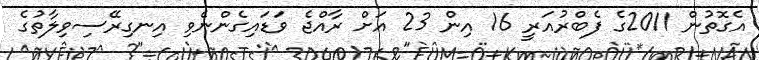
އެގޮތުން 2011ގެ ފެބްރުއަރީ 16 އިން 23 އަށް ރާއްޖެ ވަޑައިގެންނެވި އިނގިރޭސިވިލާތުގެ